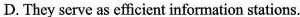
D. They serve as efficient information stations.